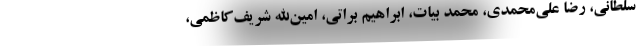
سلطاني، رضا علي‌محمدي، محمد بيات، ابراهيم براتي، امين‌الله شريف‌کاظمي،